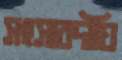
সংসারদীঘি